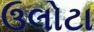
ઉલોટા